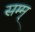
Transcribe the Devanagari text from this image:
सम्म्